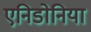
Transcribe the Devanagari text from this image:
एनिडोनिया